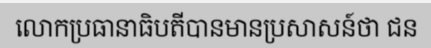
លោកប្រធានាធិបតីបានមានប្រសាសន៍ថា ជន